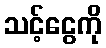
သင့်ငွေကို